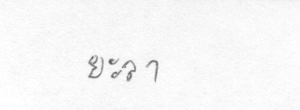
ยะลา